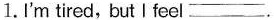
1.I'm tired, but I feel ___ .